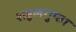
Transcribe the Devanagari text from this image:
राहुलगुप्ता